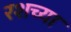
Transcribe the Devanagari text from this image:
रशच्या